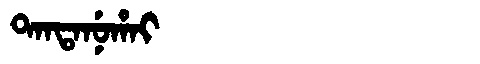
Manchu: ᡨᠠᠨᡨᠠᠨᡠᡥᠠᡳ
Romanization: TANTANUHAI